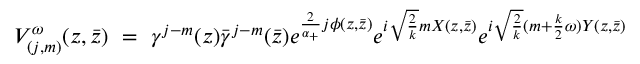
V _ { ( j , m ) } ^ { \omega } ( z , \bar { z } ) ~ = ~ \gamma ^ { j - m } ( z ) \bar { \gamma } ^ { j - m } ( \bar { z } ) e ^ { \frac 2 { \alpha _ { + } } j \phi ( z , \bar { z } ) } e ^ { i \sqrt { \frac { 2 } { k } } m X ( z , \bar { z } ) } e ^ { i \sqrt { \frac { 2 } { k } } ( m + { \frac { k } { 2 } } \omega ) Y ( z , \bar { z } ) }